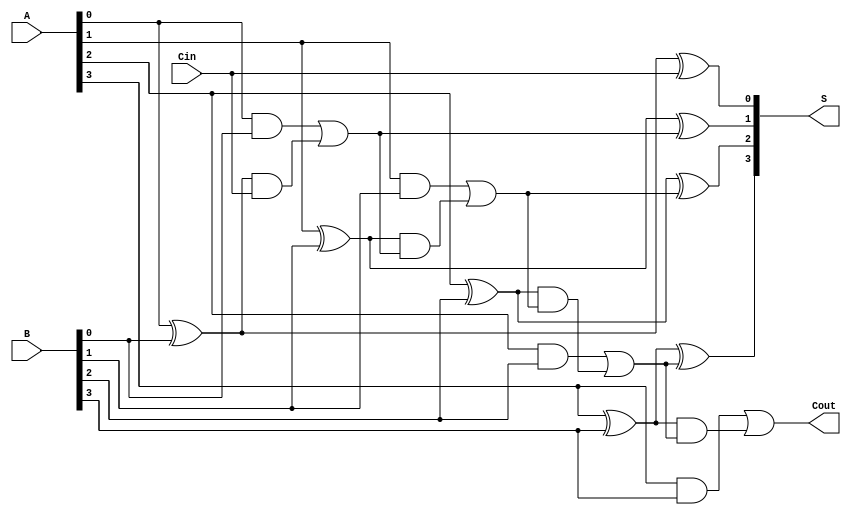
module RCLA #(parameter n = 4) (
    input  [n-1:0] A,      // n-bit input A
    input  [n-1:0] B,      // n-bit input B
    input         Cin,      // Carry-in
    output [n-1:0] S,      // n-bit sum output
    output        Cout      // Carry-out
);

    // Generate and Propagate signals
    wire [n-1:0] G; // Generate signals
    wire [n-1:0] P; // Propagate signals
    wire [n:0] C;   // Carry signals, C[0] = Cin

    // Generate and Propagate calculations
    genvar i;
    generate
        for (i = 0; i < n; i = i + 1) begin: generate_propagate
            assign G[i] = A[i] & B[i];         // G[i] = A[i] * B[i]
            assign P[i] = A[i] ^ B[i];         // P[i] = A[i] ^ B[i]
        end
    endgenerate

    // Carry generation using lookahead logic
    assign C[0] = Cin; // Initial carry is Cin
    generate
        for (i = 0; i < n; i = i + 1) begin: carry_generation
            if (i == 0) begin
                assign C[i + 1] = G[i] | (P[i] & C[i]);
            end else begin
                assign C[i + 1] = G[i] | (P[i] & C[i]);
            end
        end
    endgenerate

    // Sum calculation
    generate
        for (i = 0; i < n; i = i + 1) begin: sum_calculation
            assign S[i] = P[i] ^ C[i]; // S[i] = P[i] ^ C[i]
        end
    endgenerate

    // Final carry-out
    assign Cout = G[n-1] | (P[n-1] & C[n-1]);

endmodule